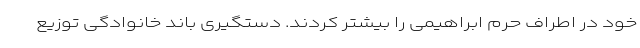
خود در اطراف حرم ابراهیمی را بیشتر کردند. دستگیری باند خانوادگی توزیع